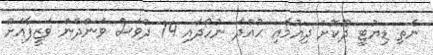
ނެތި ޑިޔުޓީ ދޫކޮށް ދިއުމާއި ހުއްދަ ނުހޯދައި 14 ދުވަސް ވަންދެން ވަޒީފާއަށް